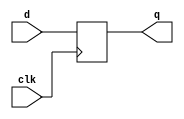
`timescale 1ns / 1ps
//////////////////////////////////////////////////////////////////////////////////
// Company: 
// Engineer: 
// 
// Design Name: 
// Module Name: d_flip_flop
// Project Name: 
// Target Devices: 
// Tool Versions: 
// Description: 
// 
// Dependencies: 
// 
// Revision:
// Revision 0.01 - File Created
// Additional Comments:
// 
//////////////////////////////////////////////////////////////////////////////////


module d_flip_flop(
    input clk,
    input d,
    output reg q
    );
    always @( posedge clk )
    begin
        q <= d;
    end
endmodule